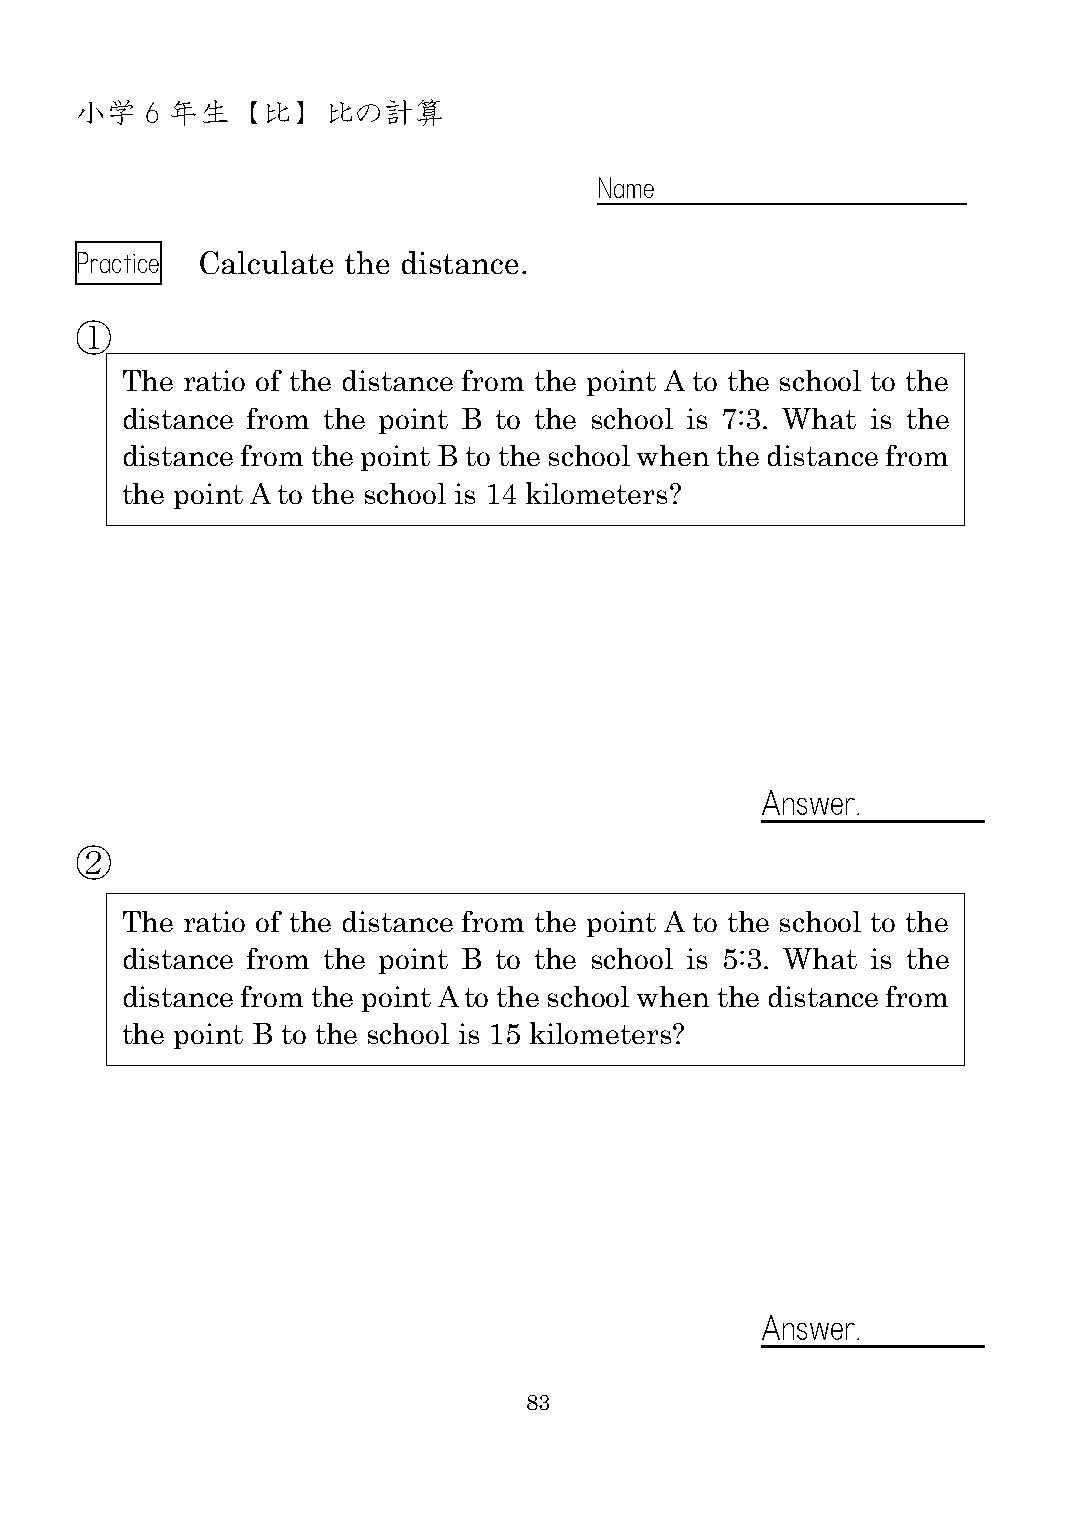
小学   6 年生  【比】  比の計算
 Name
 Practice Calculate the distance.
 ①
 The ratio of the distance from the point A to the school to the
 distance from the point B to the school is 7:3. What is the
 distance from the point B to the school when the distance from
 the point A to the school is 14 kilometers?
 Answer
 .
 ②
 The ratio of the distance from the point A to the school to the
 distance from the point B to the school is 5:3. What is the
 distance from the point A to the school when the distance from
 the point B to the school is 15 kilometers?
 Answer
 .
 83